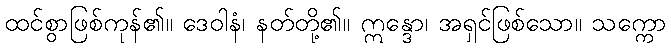
ထင်စွာဖြစ်ကုန်၏။ ဒေဝါနံ၊ နတ်တို့၏။ ဣန္ဒော၊ အရှင်ဖြစ်သော။ သက္ကော